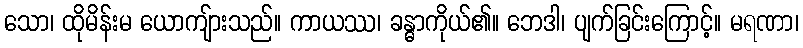
သော၊ ထိုမိန်းမ ယောကျ်ားသည်။ ကာယဿ၊ ခန္ဓာကိုယ်၏။ ဘေဒါ၊ ပျက်ခြင်းကြောင့်။ မရဏာ၊